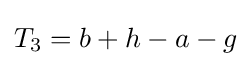
T_{3}=b+h-a-g